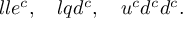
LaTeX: l l e ^ { c } , \quad l q d ^ { c } , \quad u ^ { c } d ^ { c } d ^ { c } .